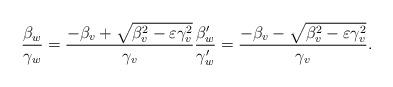
LaTeX: \begin{align*}\frac{\beta_w}{\gamma_w} = \frac{-\beta_v+\sqrt{\beta_v^2-\varepsilon\gamma_v^2}}{\gamma_v} \frac{\beta_w'}{\gamma_w'} = \frac{-\beta_v-\sqrt{\beta_v^2-\varepsilon\gamma_v^2}}{\gamma_v}.\end{align*}